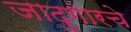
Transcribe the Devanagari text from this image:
जादुगारचे